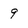
Character: 9